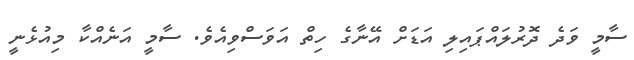
ސާމީ ވަދެ ދޮރުލައްޕައިލި އަޑަށް އޭނާގެ ހިތް އަވަސްވިއެވެ. ސާމީ އަނެއްކާ މިއުޅެނީ